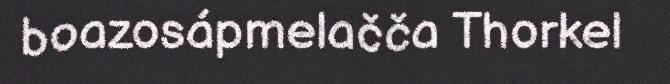
boazosápmelačča Thorkel